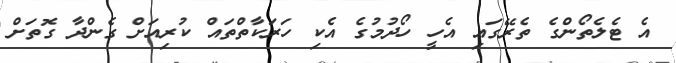
އެ ޓެލެތޯންގެ ތެރޭގައި އެހީ ހޯދުމުގެ އެކި ހަރަކާތްތައް ކުރިއަށް ގެންދާ ގޮތަށް